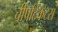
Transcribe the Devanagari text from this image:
चीपटिकट्स